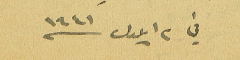
في ٢ ايلول ١٩٤١